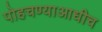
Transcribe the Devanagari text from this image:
पोहचण्याआधीच